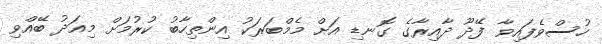
ހުސްވެފައިވާ ފޭދޫ ދާއިރާގެ ގޮނޑި އަށް މެމްބަރަކު އިންތިހާބު ކުރުމަށް މިއަދު ބޭއްވި